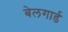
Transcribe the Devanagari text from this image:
बेलगार्ड